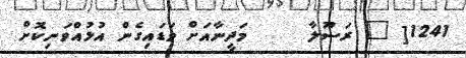
1241[ " ރަސޫލާ     މަދީނާއަށް ވަޑައިގެން އުޅުއްވަނިކޮށް